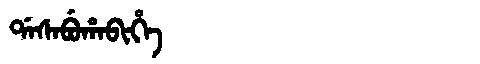
Manchu: ᡩᠠᠰᠠᠪᡠᡥᠠᠪᡳᡥᡝ
Romanization: DASABUHABIHE